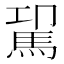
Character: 𩢗